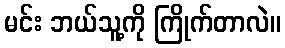
မင်း ဘယ်သူ့ကို ကြိုက်တာလဲ။